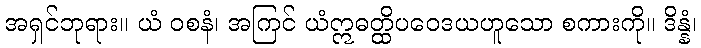
အရှင်ဘုရား။ ယံ ဝစနံ၊ အကြင် ယံဣဓတ္ထိပဝေဒယဟူသော စကားကို။ ဒိန္နံ၊